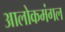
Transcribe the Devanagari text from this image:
आलोकमंगल